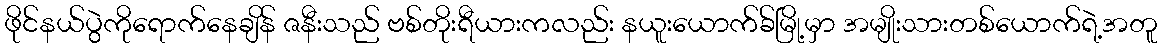
ဖိုင်နယ်ပွဲကိုရောက်နေချိန် ဇနီးသည် ဗစ်တိုးရီယားကလည်း နယူးယောက်ခ်မြို့မှာ အမျိုးသားတစ်ယောက်ရဲ့အတူ